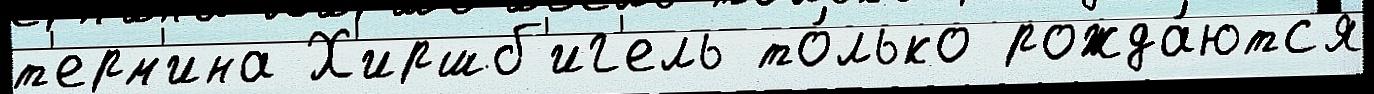
т'ерм'ина Х'иршб'иг'ель то́лько рожда́ютс'я